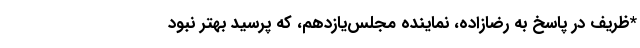
*ظریف در پاسخ به رضازاده، نماینده مجلس‌یازدهم، که پرسید بهتر نبود